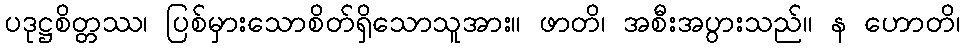
ပဒုဋ္ဌစိတ္တဿ၊ ပြစ်မှားသောစိတ်ရှိသောသူအား။ ဖာတိ၊ အစီးအပွားသည်။ န ဟောတိ၊